65_HS1-834228961_62-HQ-83894_Section_2
Agency: FBI
Page 38
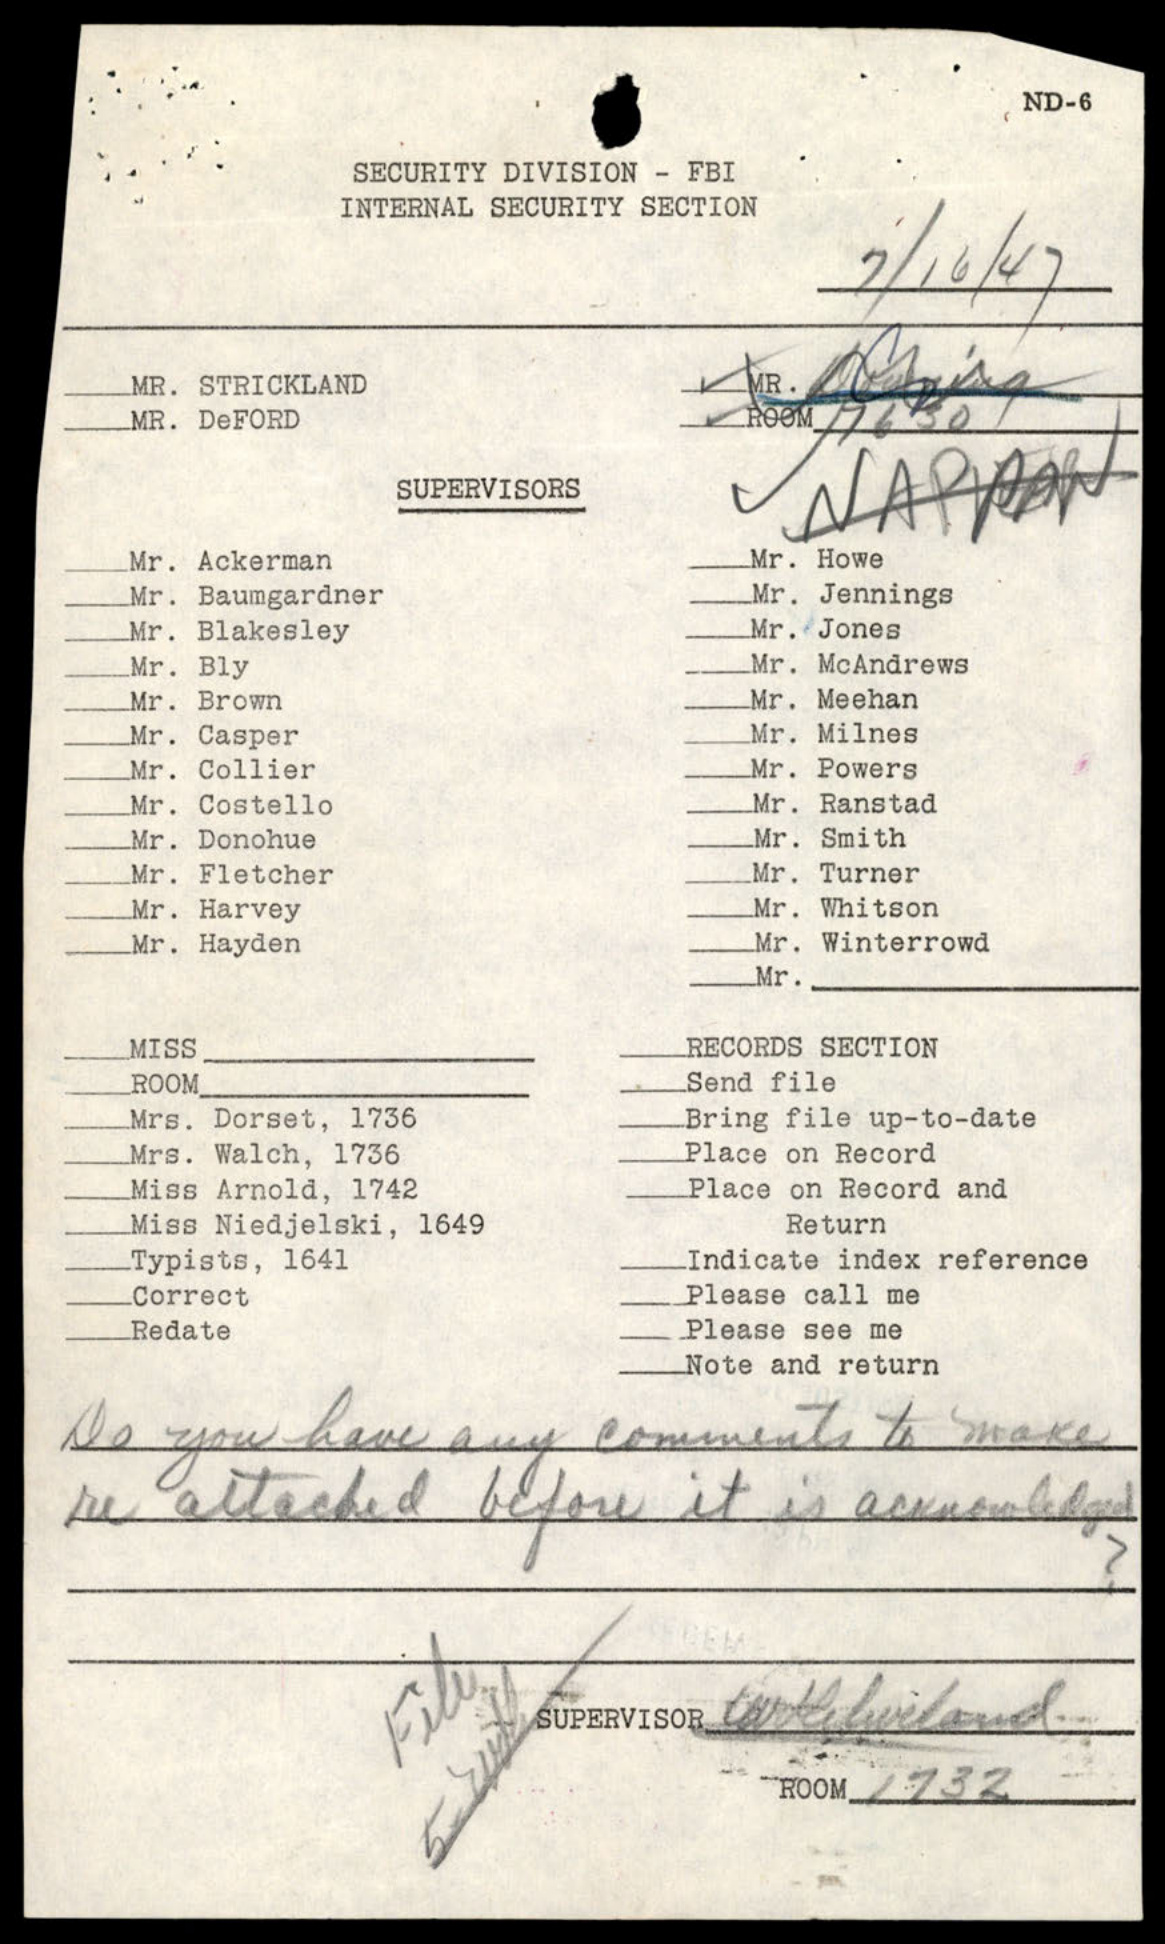